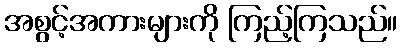
အစွင့်အကားများကို ကြည့်ကြသည်။